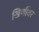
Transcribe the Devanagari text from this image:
खिर्णीवर